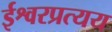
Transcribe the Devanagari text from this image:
ईश्वरप्रत्यय